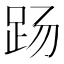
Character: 𰸄